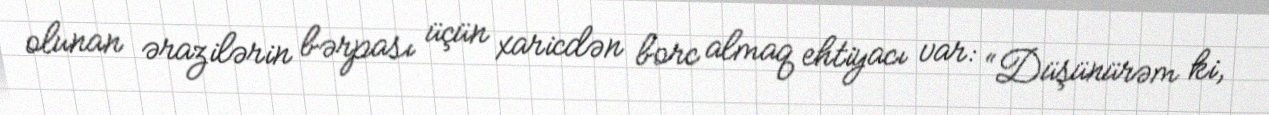
olunan ərazilərin bərpası üçün xaricdən borc almaq ehtiyacı var: “Düşünürəm ki,